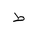
Letter: _da